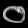
Digit: ၀